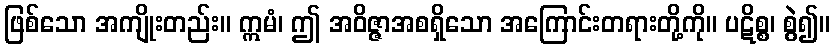
ဖြစ်သော အကျိုးတည်း။ ဣမံ၊ ဤ အဝိဇ္ဇာအစရှိသော အကြောင်းတရားတို့ကို။ ပဋိစ္စ၊ စွဲ၍။